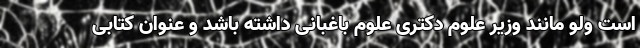
است ولو مانند وزیر علوم دکتری علوم باغبانی داشته باشد و عنوان کتابی